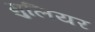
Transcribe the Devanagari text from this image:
मुलियर